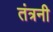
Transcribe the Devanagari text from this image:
तंत्रनी